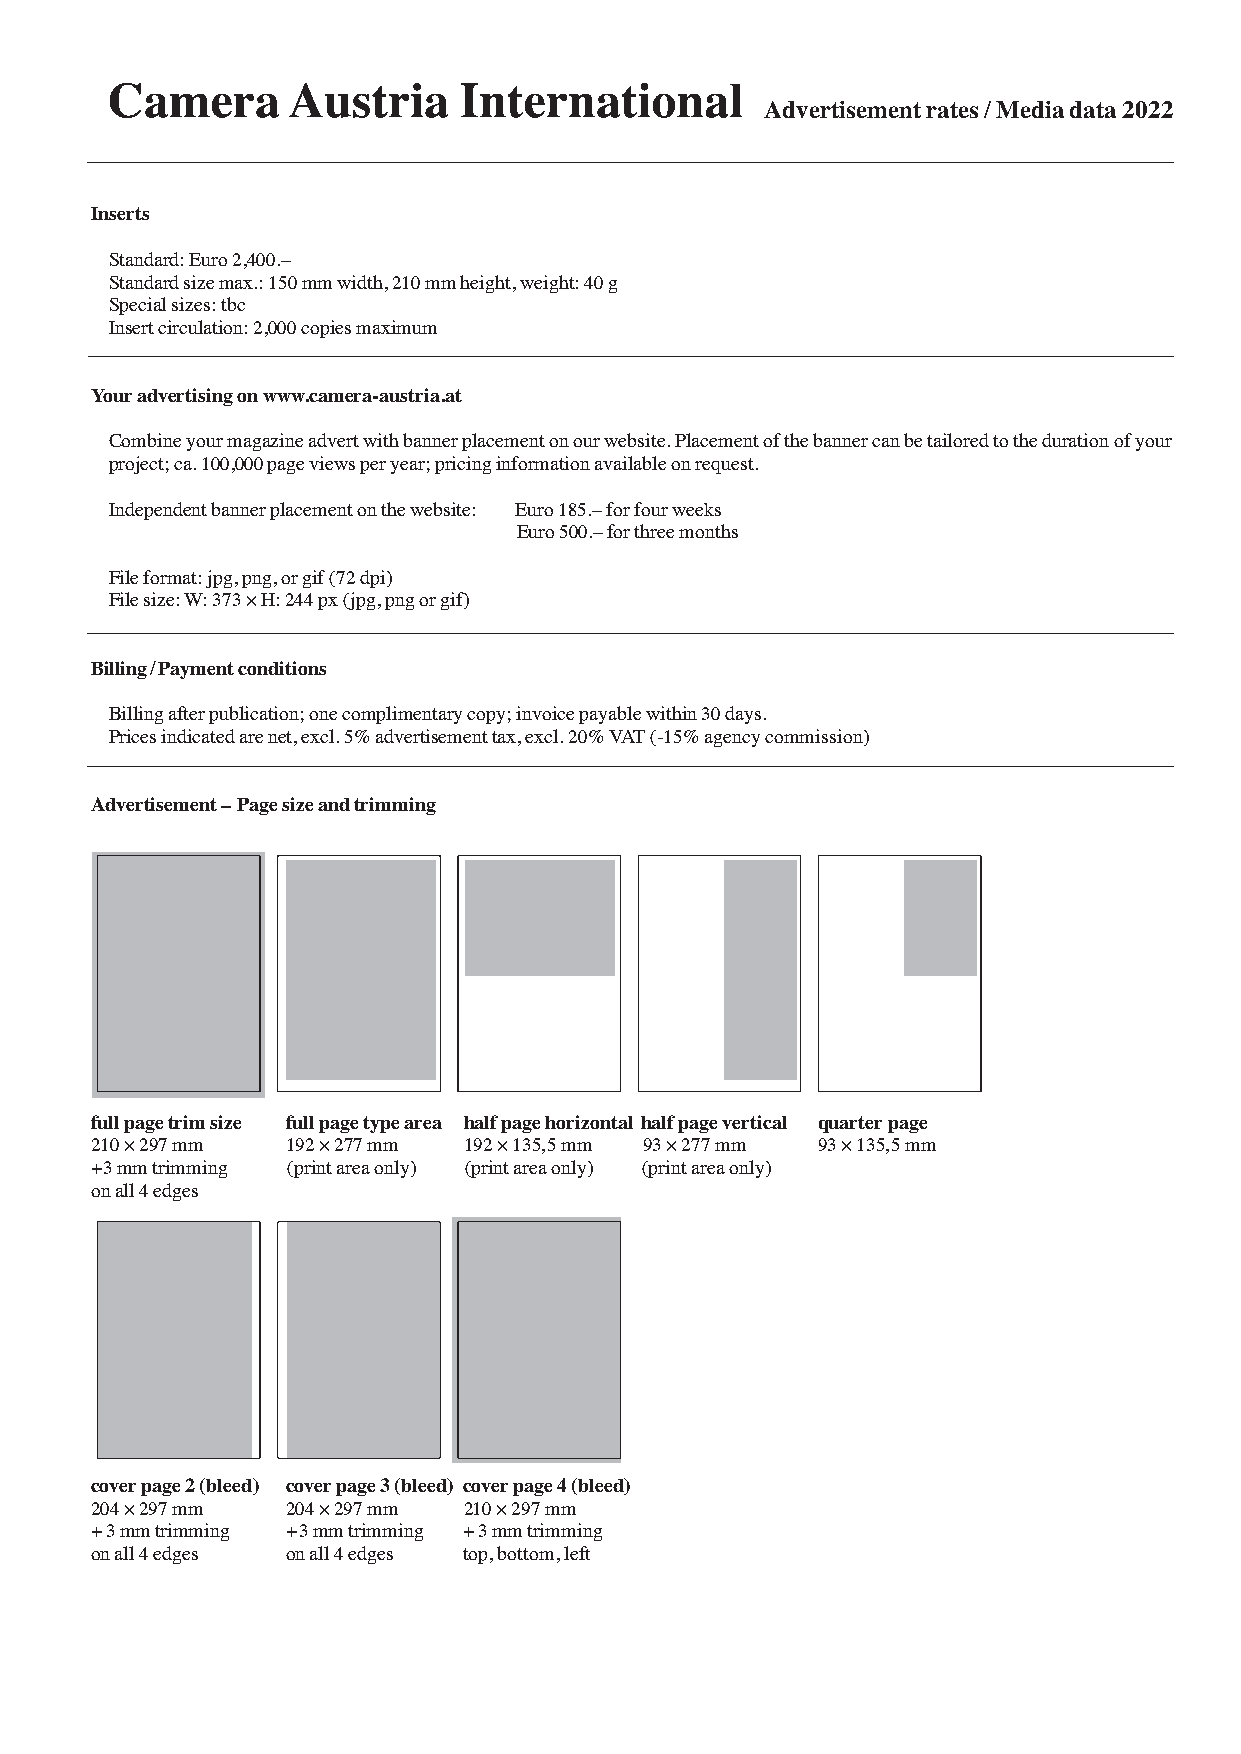
Camera      Austria    International
 Advertisement rates / Media data 2022
 Inserts
 Standard: Euro 2,400.–
 Standard size max.: 150 mm width, 210 mm height, weight: 40 g
 Special sizes: tbc
 Insert circulation: 2,000 copies maximum
 Your advertising on www.camera-austria.at
 Combine your magazine advert with banner placement on our website. Placement of the banner can be tailored to the duration of your
 project; ca. 100,000 page views per year; pricing information available on request.
 Independent banner placement on the website: Euro 185.– for four weeks
 Euro 500.– for three months
 File format: jpg, png, or gif (72 dpi)
 File size: W: 373 × H: 244 px (jpg, png or gif)
 Billing/Payment conditions
 Billing after publication; one complimentary copy; invoice payable within 30 days.
 Prices indicated are net, excl. 5% advertisement tax, excl. 20% VAT (-15% agency commission)
 Advertisement – Page size and trimming
 full page trim size full page type area half page horizontal half page vertical quarter page
 210 × 297 mm 192 × 277 mm 192 × 135,5 mm 93 × 277 mm 93 × 135,5 mm
 +3 mm trimming (print area only) (print area only) (print area only)
 on all 4 edges
 cover page 2 (bleed) cover page 3 (bleed) cover page 4 (bleed)
 204 × 297 mm 204 × 297 mm 210 × 297 mm
 + 3 mm trimming + 3 mm trimming + 3 mm trimming
 on all 4 edges on all 4 edges top, bottom, left